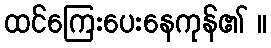
ထင်ကြေးပေးနေကုန်၏ ။